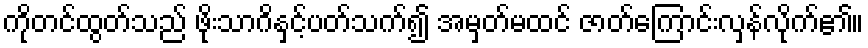
ကိုတင်ထွတ်သည် ဖိုးသာဂိနှင့်ပတ်သက်၍ အမှတ်မထင် ဇာတ်ကြောင်းလှန်လိုက်၏။